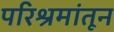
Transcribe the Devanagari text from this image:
परिश्रमांतून